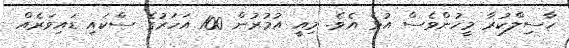
ހާސިލްކުރާ މީހުންވެސް އުޅެ އެވެ. މިއީ އުމުރުން 100 އަހަރުގެ ސްކައި ޑައިވަރެއް